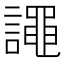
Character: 譝